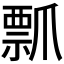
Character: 𭶶